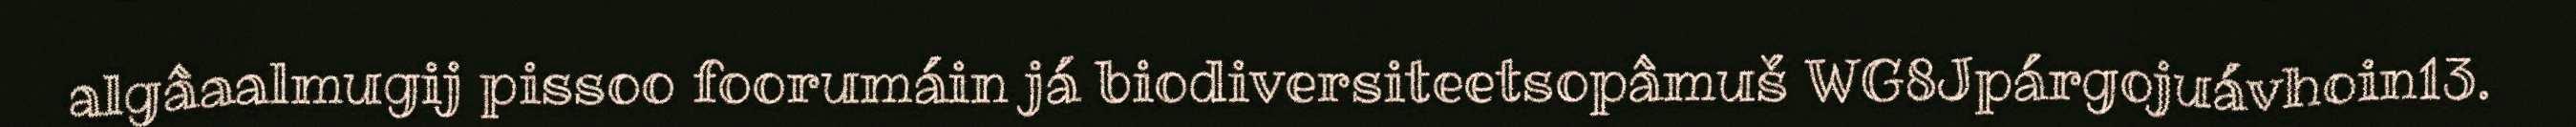
algâaalmugij pissoo foorumáin já biodiversiteetsopâmuš WG8Jpárgojuávhoin13.